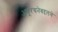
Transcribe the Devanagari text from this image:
अणूरचनेबद्दलचे